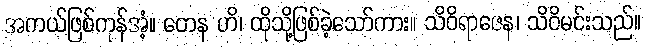
အကယ်ဖြစ်ကုန်အံ့။ တေန ဟိ၊ ထိုသို့ဖြစ်ခဲ့သော်ကား။ သိဝိရာဇေန၊ သိဝိမင်းသည်။